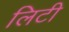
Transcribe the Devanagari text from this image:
लिटी